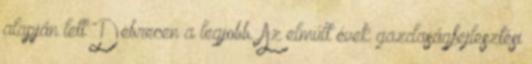
alapján lett Debrecen a legjobb. Az elmúlt évek gazdaságfejlesztési